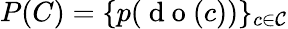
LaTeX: P(C)=\{ p(\mathrm{~d~o~}(c))\} _{c\in\mathcal{C}}